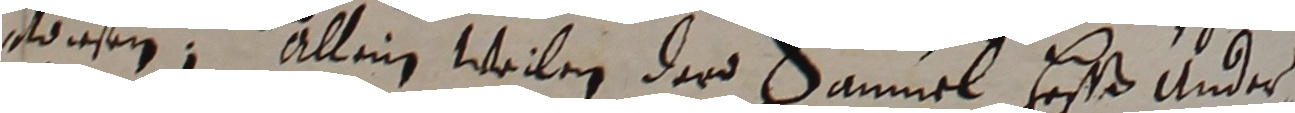
iesen. Allein weilen dard Sammel hesß under